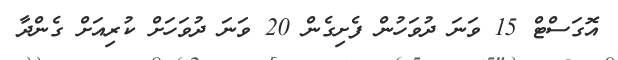
އޮގަސްޓް 15 ވަނަ ދުވަހުން ފެށިގެން 20 ވަނަ ދުވަހަށް ކުރިއަށް ގެންދާ